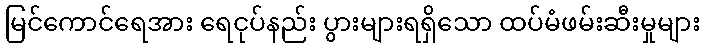
မြင်ကောင်ရေအား ရေငုပ်နည်း ပွားများရရှိသော ထပ်မံဖမ်းဆီးမှုများ